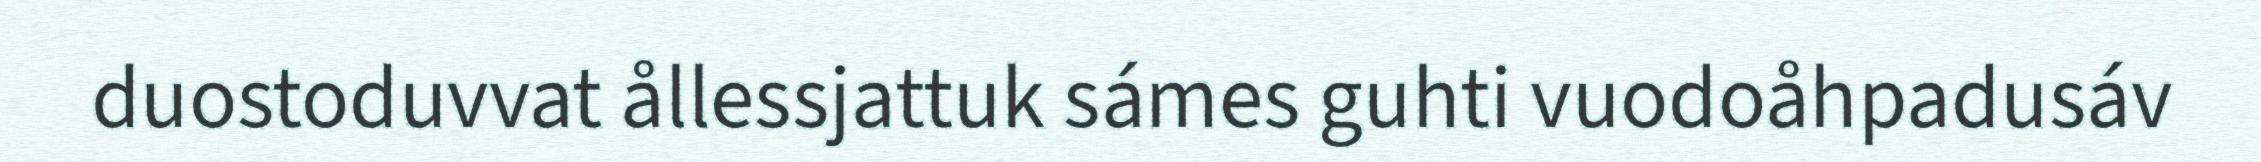
duostoduvvat ållessjattuk sámes guhti vuodoåhpadusáv